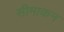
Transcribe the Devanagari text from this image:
सीमाकन